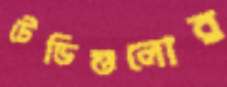
টেডিগুলোর